Vabadussoja_Ajaloo_Komitee, lk 33
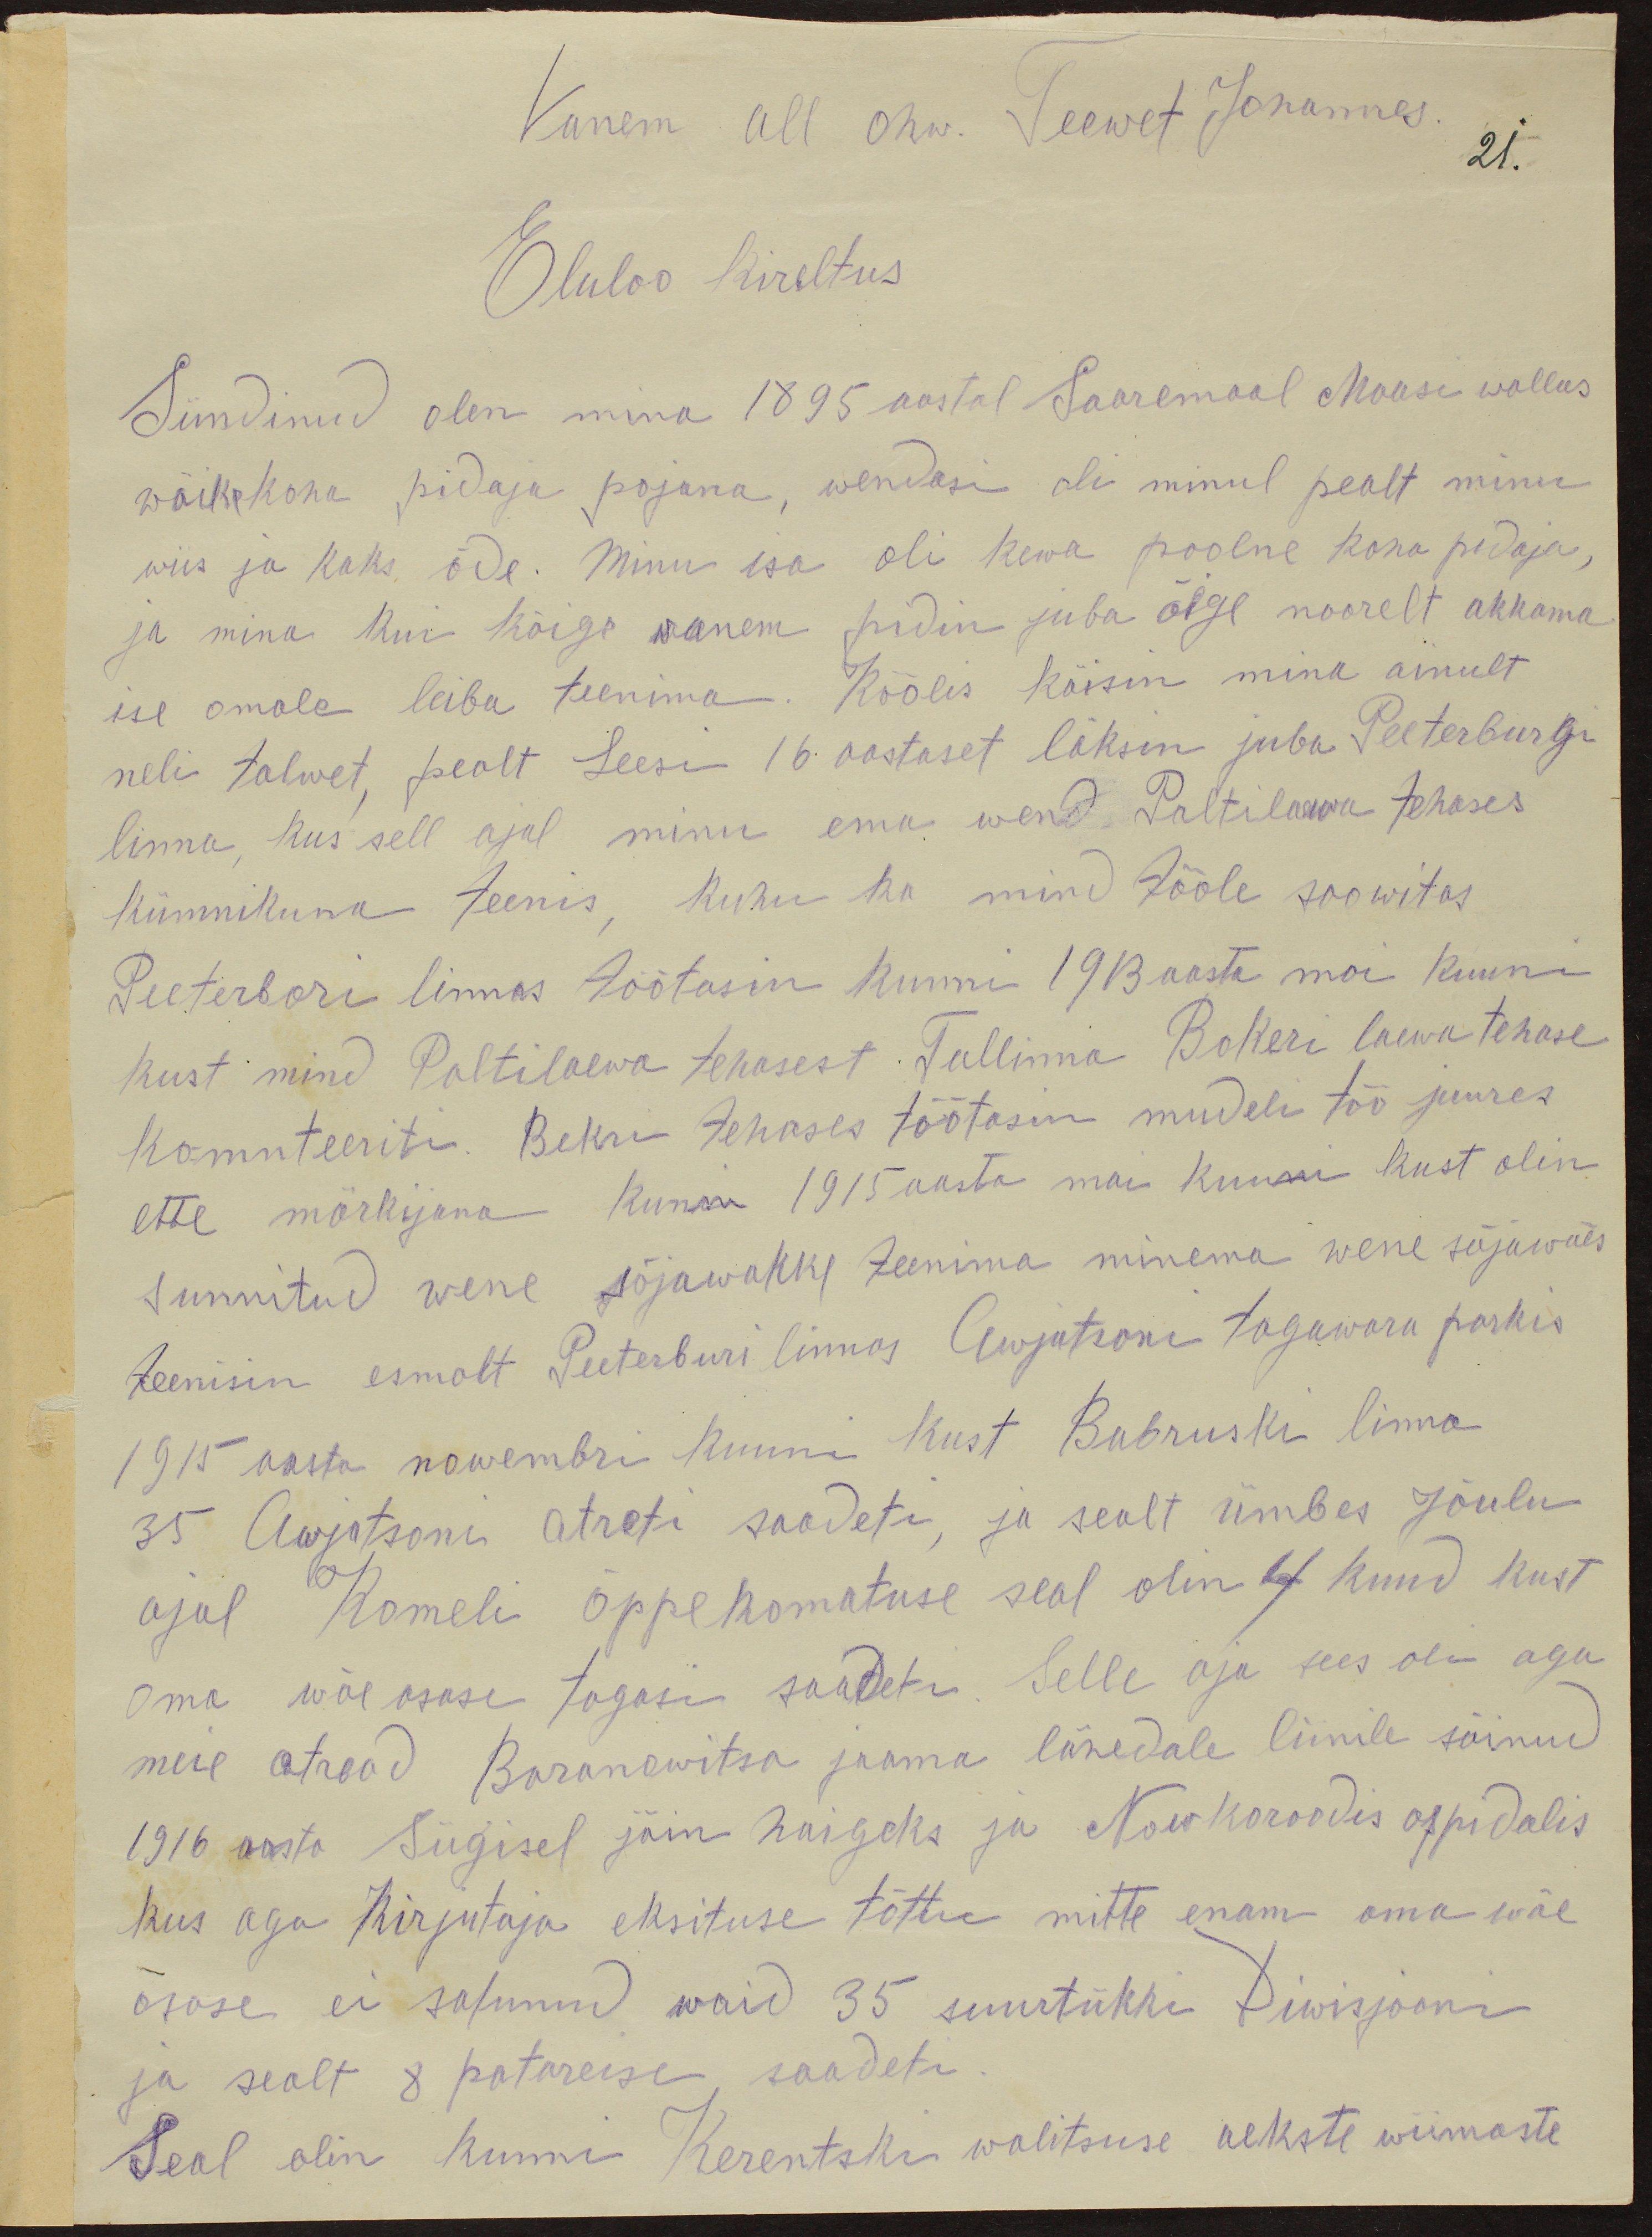
Vanem all ohw. Teewet Johannes.
21.
Eluloo kireltus
Sündinud olen mina 1895 aastal Saaremaal Maasi wallas
wäikekoha pidaja pojana, wendasi oli minul pealt minu
wiis ja kaks õde. Minu isa oli kewa poolne koha pidaja,
ja mina kui kui kõige wanem pidin juba õige noorelt akkama
ise omale leiba teenima. Koolis käisin mina ainult
neli talwe, pealt Leeri 16 aastaset läksin juba Peeterburgi
linna, kus sell ajal minu ema wend Paltilaewa tehases
kümnikuna teenis, kuhu ka mind tööle soowitas
Peeterburi linnas töötasin kunni 1913 aasta mai kuuni
kust mind Paltilaewa tehases Tallina Bokeri laewatehasse
komnteeriti. Bekri tehases töötasin mudeli töö juures
ette märkijana kunni 1915 aasta mai kuuni kust olin
sunnitud wene sõjawäkke teenima minema wene sõjawäes
teenisin esmalt Peeterburi linnas Awjutsoni tagawara parkis
1915 aasta novembri kunni kust Babruski linna
35 Awjotsoni atreti saadeti, ja sealt umbes Jõulu
ajal Komeli õppe komatuse seal olin 4 kuud kust
oma wäeosase tagasi saadeti. Selle aja sees oli aga
meie atread Baranowitsa jaama lähedale liinile sõinud
1916 aasta sügisel jäin haigeks ja Nowkoroodis ospidalis
kus aga kirjutaja eksituse tõttu mitte enam oma wäe
osase ei saanud waid 35 suurtükki Diwisjooni
ja sealt 8 patareise saadeti.
Seal olin kunni Kerentski walitsuse aekste wiimaste